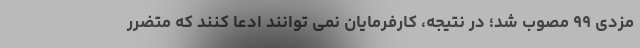
مزدی ۹۹ مصوب شد؛ در نتیجه، کارفرمایان نمی توانند ادعا کنند که متضرر